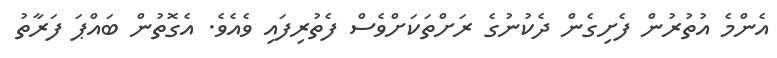
އެންމެ އުތުރުން ފެށިގެން ދެކުނުގެ ރަށްތަކަށްވެސް ފެތުރިފައި ވެއެވެ. އެގޮތުން ބައްޕަ ފަރާތު